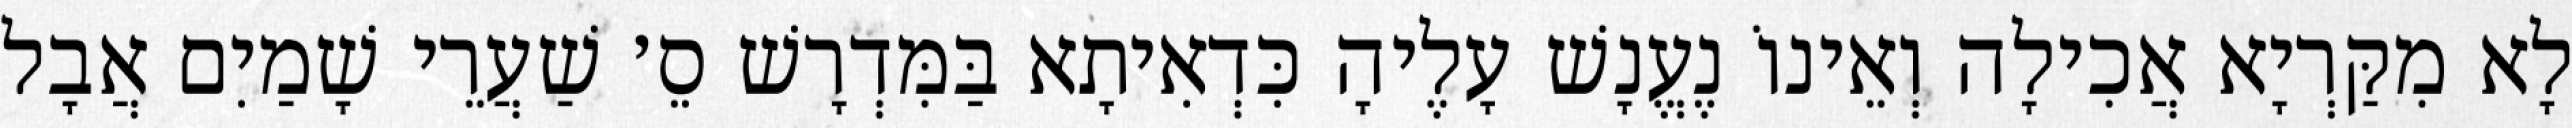
לָא מִקַּרְיָא אֲכִילָה וְאֵינוֹ נֶעֱנָשׁ עָלֶיהָ כִּדְאִיתָא בַּמִּדְרָשׁ סֵ׳ שַׁעֲרֵי שָׁמַיִם אֲבָל